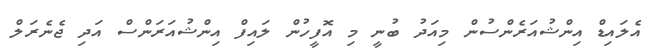
އެލައިޑް އިންޝުއަރެންސުން މިއަދު ބުނީ މި އޮފީހުން ލައިފް އިންޝުއަރަންސް އަދި ޖެނެރަލް